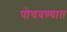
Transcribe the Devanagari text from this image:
पोचवण्यात